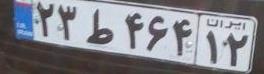
۲۳ط۴۶۴۱۲